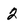
Character: 2